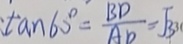
: \tan 6 0 ^ { \circ } = \frac { B D } { A D } = \sqrt { 3 }